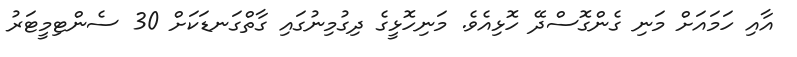
އާއި ހަމައަށް މަނި ގެންގޮސްދޭ ހޮޅިއެވެ. މަނިހޮޅީގެ ދިގުމިނުގައި ގާތްގަނޑަކަށް 30 ސެންޓިމީޓަރު